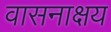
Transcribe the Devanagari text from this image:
वासनाक्षय